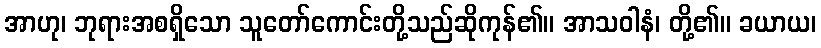
အာဟု၊ ဘုရားအစရှိသော သူတော်ကောင်းတို့သည်ဆိုကုန်၏။ အာသဝါနံ၊ တို့၏။ ခယာယ၊